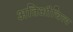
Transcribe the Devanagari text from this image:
अतिऔचित्य